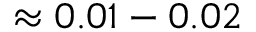
\approx 0 . 0 1 - 0 . 0 2